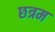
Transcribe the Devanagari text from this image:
छत्रम